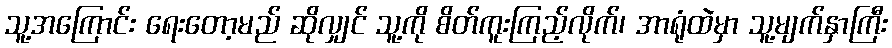
သူ့အကြောင်း ရေးတော့မည် ဆိုလျှင် သူ့ကို စိတ်ကူးကြည့်လိုက်၊ အာရုံထဲမှာ သူ့မျက်နှာကြီး